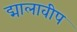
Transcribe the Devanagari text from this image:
द्मालावीप